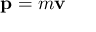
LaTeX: \mathbf { p } = m \mathbf { v } \,